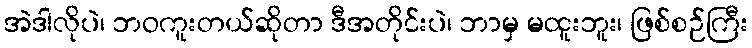
အဲဒါလိုပဲ၊ ဘဝကူးတယ်ဆိုတာ ဒီအတိုင်းပဲ၊ ဘာမှ မထူးဘူး၊ ဖြစ်စဉ်ကြီး